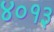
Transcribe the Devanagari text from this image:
४०१३